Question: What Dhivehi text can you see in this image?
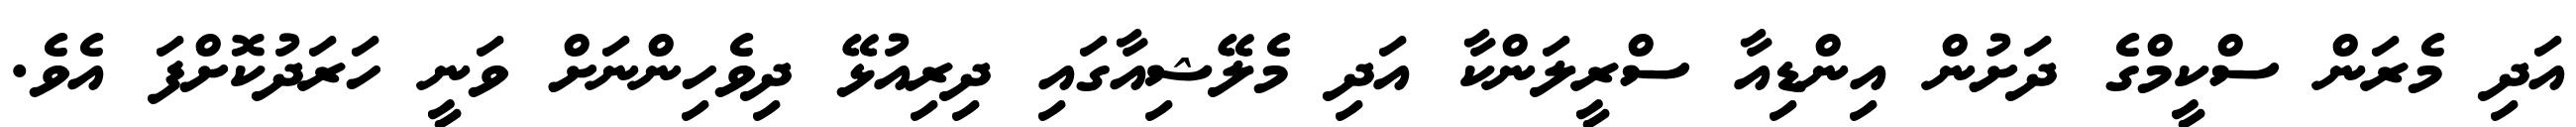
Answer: އަދި މެރަން ސްކީމްގެ ދަށުން އިންޑިއާ ސްރީލަންކާ އަދި މެލޭޝިއާގައި ދިރިއުޅޭ ދިވެހިންނަށް ވަނީ ހަރަދުކޮށްފަ އެވެ.